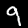
Label: 9